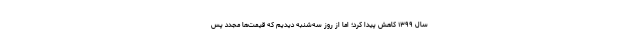
سال ۱۳۹۹ کاهش پیدا کرد؛ اما از روز سه‌شنبه دیدیم که قیمت‌ها مجدد پس